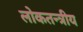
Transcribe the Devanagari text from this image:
लोकतन्त्रीय